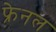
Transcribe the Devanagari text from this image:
फ्रेनल